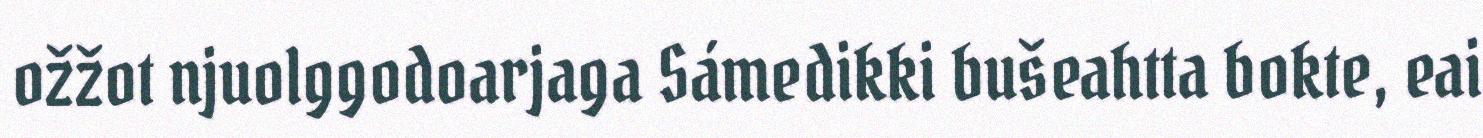
ožžot njuolggodoarjaga Sámedikki bušeahtta bokte, eai